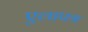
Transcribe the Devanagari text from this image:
एलापत्र